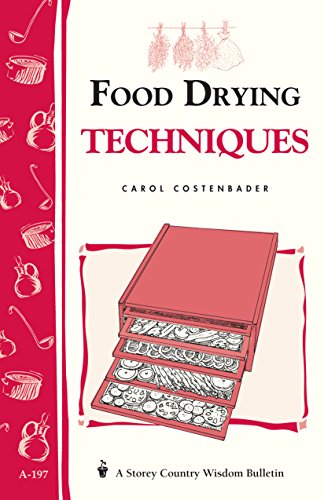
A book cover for Food Drying Techniques: Storey's Country Wisdom Bulletin A-197 (Storey Country Wisdom Bulletin); Carol W. Costenbader; Cookbooks, Food & Wine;